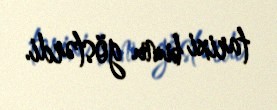
tarixi bunu göstərdi.